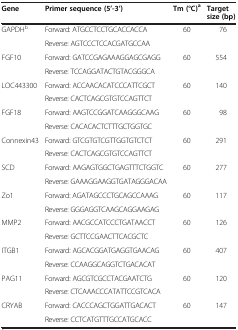
<table><thead><tr><td><b>Gene</b></td><td><b>Primer sequence (5’-3’)</b></td><td><b>Tm (°C)<sup>a</sup></b></td><td><b>Target size (bp)</b></td></tr></thead><tbody><tr><td rowspan="2">GAPDH<sup>b</sup></td><td>Forward: ATGCCTCCTGCACCACCA</td><td rowspan="2">60</td><td rowspan="2">76</td></tr><tr><td>Reverse: AGTCCCTCCACGATGCCAA</td></tr><tr><td rowspan="2">FGF10</td><td>Forward: GATCCGAGAAAGGAGCGAGG</td><td rowspan="2">60</td><td rowspan="2">554</td></tr><tr><td>Reverse: TCCAGGATACTGTACGGGCA</td></tr><tr><td rowspan="2">LOC443300</td><td>Forward: ACCAACACATCCCATTCGCT</td><td rowspan="2">60</td><td rowspan="2">140</td></tr><tr><td>Reverse: CACTCAGCGTGTCCAGTTCT</td></tr><tr><td rowspan="2">FGF18</td><td>Forward: AAGTCCGGATCAAGGGCAAG</td><td rowspan="2">60</td><td rowspan="2">98</td></tr><tr><td>Reverse: CACACACTCTTTGCTGGTGC</td></tr><tr><td rowspan="2">Connexin43</td><td>Forward: GTCGTGTCGTTGGTGTCTCT</td><td rowspan="2">60</td><td rowspan="2">291</td></tr><tr><td>Reverse: CACTCAGCGTGTCCAGTTCT</td></tr><tr><td rowspan="2">SCD</td><td>Forward: AAGAGTGGCTGAGTTTCTGGTC</td><td rowspan="2">60</td><td rowspan="2">277</td></tr><tr><td>Reverse: GAAAGGAAGGTGATAGGGACAA</td></tr><tr><td rowspan="2">Zo1</td><td>Forward: AGATAGCCCTGCAGCCAAAG</td><td rowspan="2">60</td><td rowspan="2">117</td></tr><tr><td>Reverse: GGGAGGTCAAGCAGGAAGAG</td></tr><tr><td rowspan="2">MMP2</td><td>Forward: AACGCCATCCCTGATAACCT</td><td rowspan="2">60</td><td rowspan="2">126</td></tr><tr><td>Reverse: GCTTCCGAACTTCACGCTC</td></tr><tr><td rowspan="2">ITGB1</td><td>Forward: AGCACGGATGAGGTGAACAG</td><td rowspan="2">60</td><td rowspan="2">407</td></tr><tr><td>Reverse: CCAAGGCAGGTCTGACACAT</td></tr><tr><td rowspan="2">PAG11</td><td>Forward: AGCGTCGCCTACGAATCTG</td><td rowspan="2">60</td><td rowspan="2">120</td></tr><tr><td>Reverse: CTCAAACCCATATTCCGTCACA</td></tr><tr><td rowspan="2">CRYAB</td><td>Forward: CACCCAGCTGGATTGACACT</td><td rowspan="2">60</td><td rowspan="2">147</td></tr><tr><td>Reverse: CCTCATGTTTGCCATGCACC</td></tr></tbody></table>